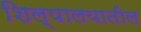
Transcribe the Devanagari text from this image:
शिल्पालयातील